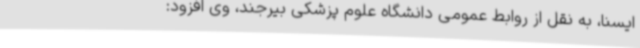
ایسنا، به نقل از روابط عمومی دانشگاه علوم پزشکی بیرجند، وی افزود: